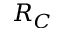
R _ { C }